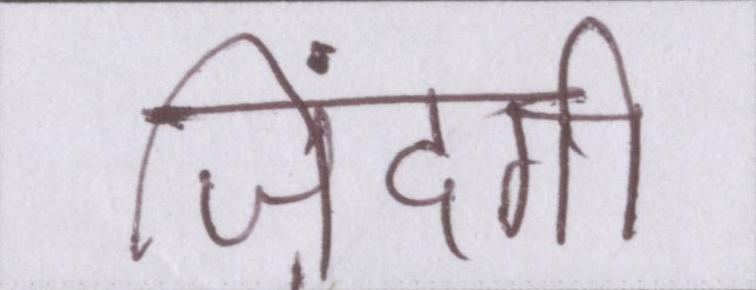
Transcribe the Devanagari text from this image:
ज़िंदगी